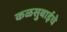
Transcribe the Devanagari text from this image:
कळसुबाईचे